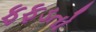
ફફડતો